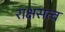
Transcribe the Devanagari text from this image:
राक्षसत्व